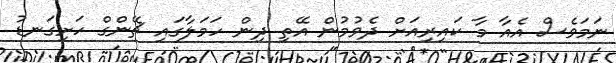
ނަމަވެސް އެއާ މާ ކައިރިއަށް ދެވުމުން އޭތި ދިން ހަމަލާގައި ޗޭންގް ހަށިގަނޑު